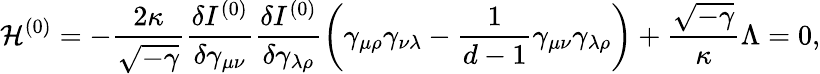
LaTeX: {\cal H}^{(0)}=-\frac{2\kappa}{\sqrt{-\gamma}}\frac{\delta I^{(0)}}{\delta\gamma_{\mu\nu}}\frac{\delta I^{(0)}}{\delta\gamma_{\lambda\rho}}\left(\gamma_{\mu\rho}\gamma_{\nu\lambda}-\frac{1}{d-1}\gamma_{\mu\nu}\gamma_{\lambda\rho}\right)+\frac{\sqrt{-\gamma}}{\kappa}\Lambda=0,